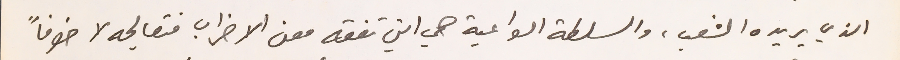
الذي يريده الشعب، والسلطة الواعية هي التي تفقه معنى الاضراب فتعالجه لا خوفاً